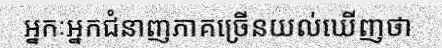
អ្នកៈអ្នកជំនាញភាគច្រើនយល់ឃើញថា